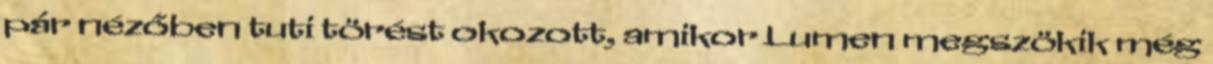
pár nézőben tuti törést okozott, amikor Lumen megszökik még